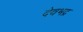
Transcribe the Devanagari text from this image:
देवभद्र